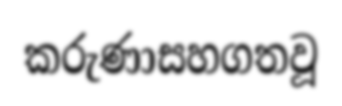
කරුණාසහගතවූ